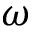
\omega